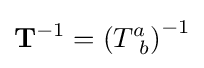
\mathbf {T} ^{-1}=\left(T_{\ b}^{a}\right)^{-1}